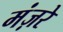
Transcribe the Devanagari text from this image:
मंज़रे